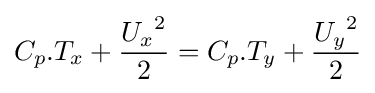
C_{p}.T_{x}+{\frac {{U_{x}}^{2}}{2}}=C_{p}.T_{y}+{\frac {{U_{y}}^{2}}{2}}